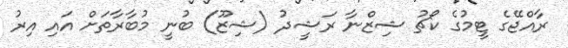
ރާއްޖޭގެ ޓީމުގެ ކޯޗު ޝިޒްނާ ރަޝީދު (ޝިޒޫ) ބުނީ މުބާރާތަށް އައި އިރު